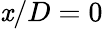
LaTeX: \mathit{x}/D=0